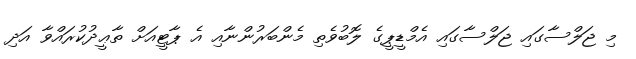
މި ޖަލްސާގައި ޖަލްސާގައި އެމްޑީޕީގެ ލޮބުވެތި މެންބަރުންނާއި އެ ޕާޓީއަށް ތާޢީދުކުރައްވާ އަދި